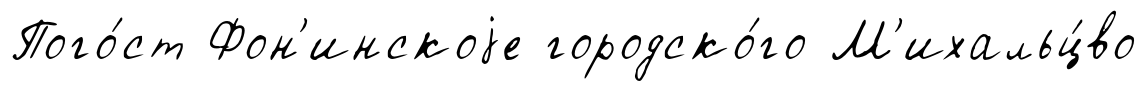
Пого́ст Фон'инскоjе городско́го М'ихальц́во